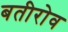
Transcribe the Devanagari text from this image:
बतीरोव